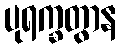
ပုရက္ခတွာန